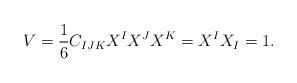
LaTeX: \begin{align*}{V} = {\frac{1}{6}} C_{IJK} X^I X^J X^K=X^IX_I=1. \end{align*}